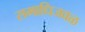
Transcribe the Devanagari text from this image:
समाधिजवळ